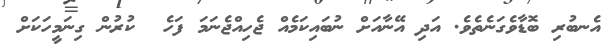
އެނބުރި ބޮޑާވެގަނެތެވެ. އަދި އޭނާއަށް ނުބައިކަމެއް ޖެހިއްޖެނަމަ ފަހެ  ކުރުން ގިނަމީހަކަށް